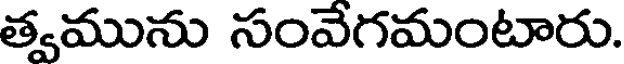
త్వమును సంవేగమంటారు.